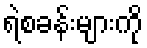
ရဲစခန်းများကို